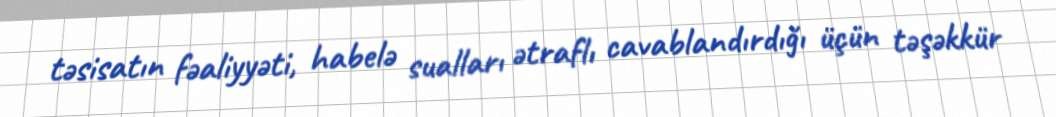
təsisatın fəaliyyəti, habelə sualları ətraflı cavablandırdığı üçün təşəkkür